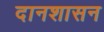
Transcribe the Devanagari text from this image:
दानशासन